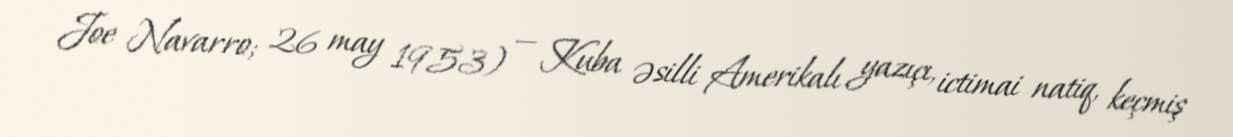
Joe Navarro; 26 may 1953) — Kuba əsilli Amerikalı yazıçı, ictimai natiq, keçmiş